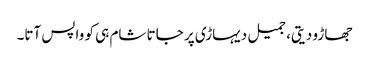
جھاڑو دیتی، جمیل دیہاڑی پر جاتا شام ہی کو واپس آتا۔